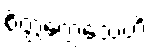
စိတ္တက္လေသေဟိ